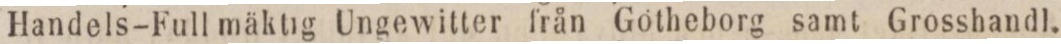
Handels-Kull mäktig Ungewitter från Götheborg samt Grosshandl.